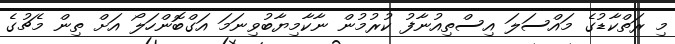
މި ރަތްކާޑުގެ މައްސަލަ އިސްތިއުނާފު ކުރުމުން ނާކާމިޔާބުވިނަމަ އަގްބޮންހަލޯ އަށް ތިން މެޗުގެ